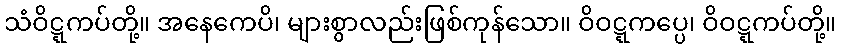
သံဝိဋ္ဋကပ်တို့။ အနေကေပိ၊ များစွာလည်းဖြစ်ကုန်သော။ ဝိဝဋ္ဋကပ္ပေ၊ ဝိဝဋ္ဋကပ်တို့။